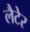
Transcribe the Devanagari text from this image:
लैटेर